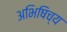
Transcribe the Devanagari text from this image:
अभिषिच्य